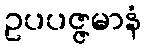
ဥပပဇ္ဇမာနံ